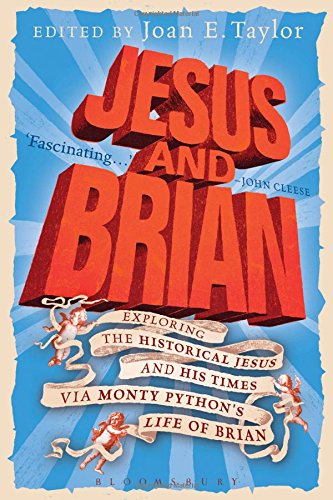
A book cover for Jesus and Brian: Exploring the Historical Jesus and his Times via Monty Python's Life of Brian; Christian Books & Bibles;